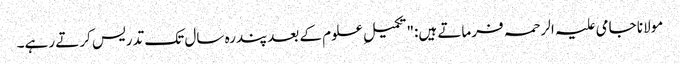
مولانا جامی علیہ الرحمہ فرماتے ہیں:"تکمیلِ علوم کے بعدپندرہ سال تک تدریس کرتے رہے۔